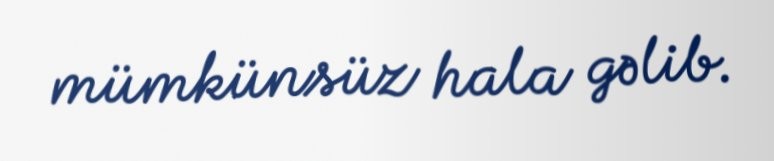
mümkünsüz hala gəlib.